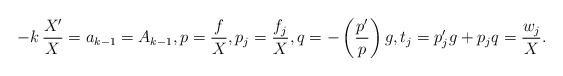
LaTeX: \begin{align*} - k \, \frac{X'}{X} = a_{k-1} = A_{k-1}, p = \frac{f}X , p_j = \frac{f_j}X , q = - \left( \frac{p'}{p} \right) g, t_j = p_j' g + p_j q = \frac{ w_j }X .\end{align*}